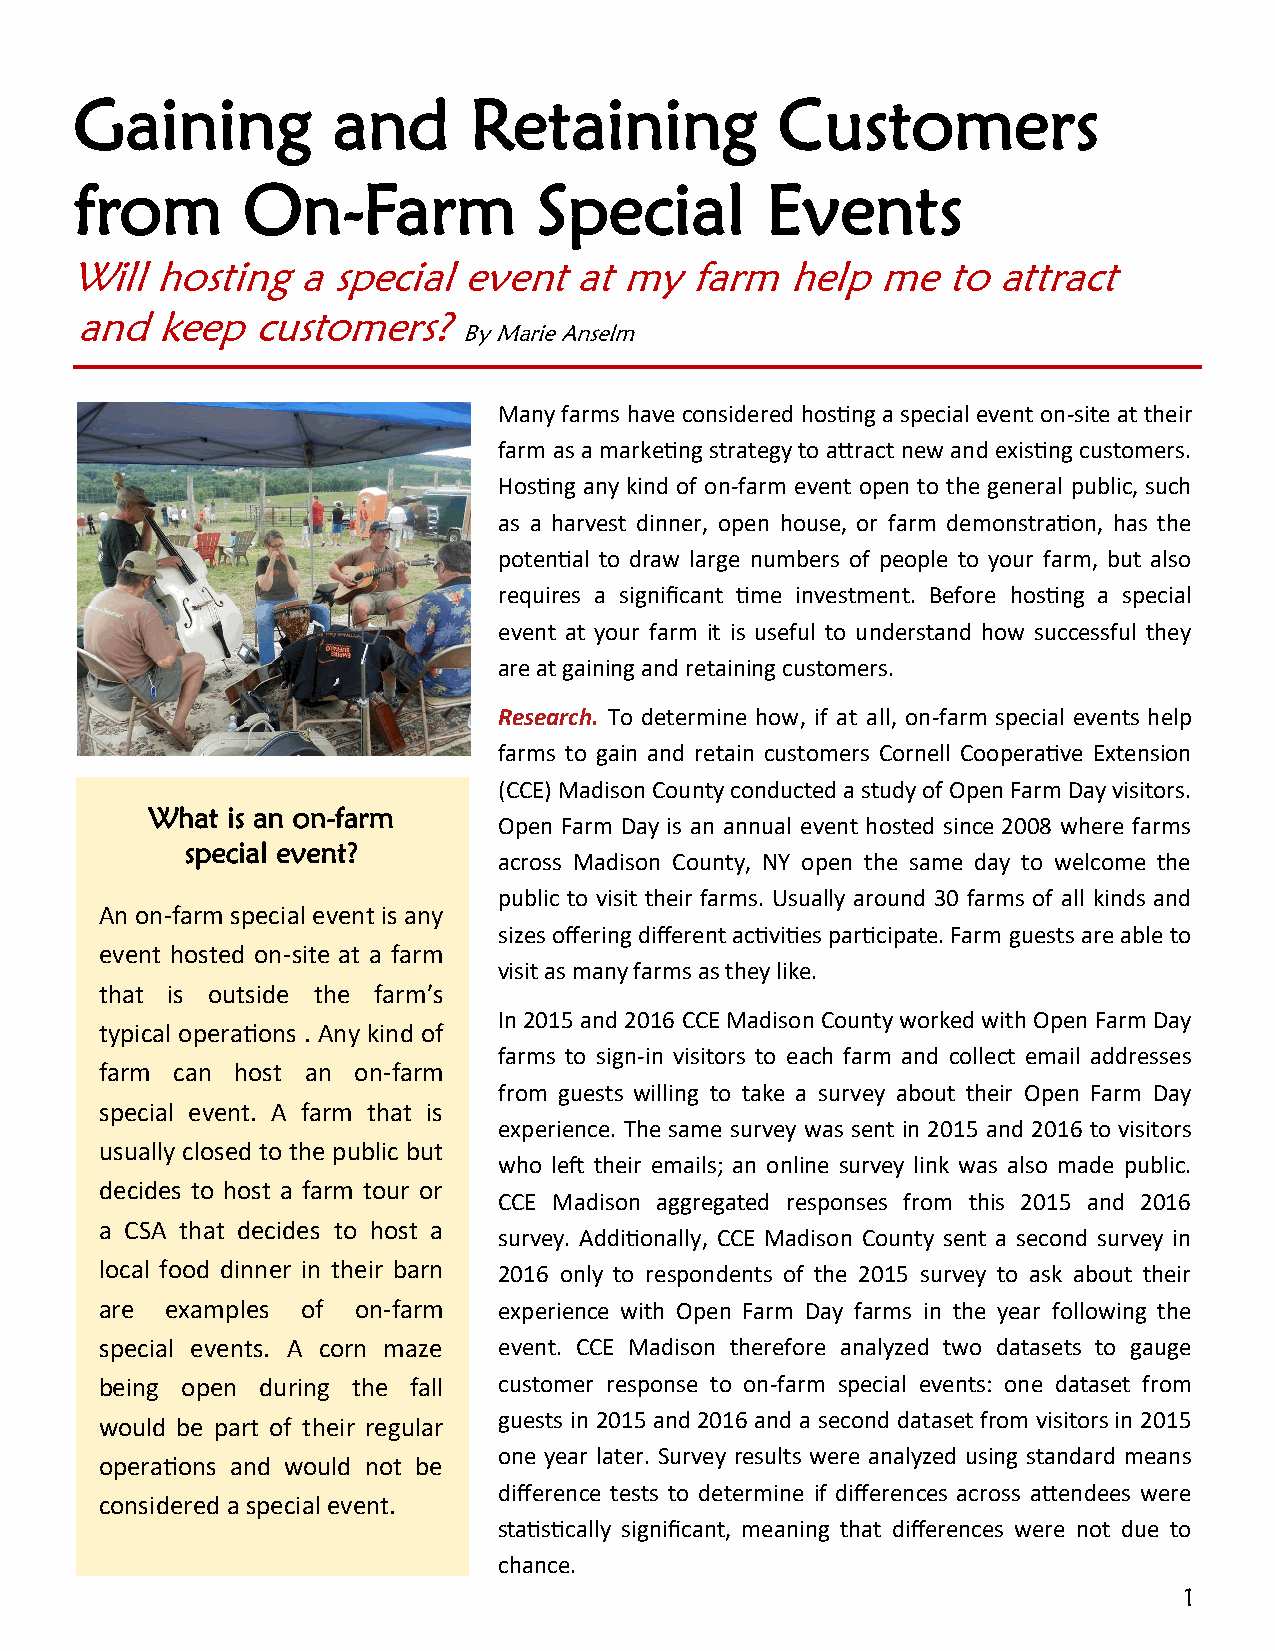
Gaining          and      Retaining            Customers
 from       On-Farm             Special        Events
 Will hosting   a special  event  at my   farm  help  me   to attract
 and  keep   customers?
 By Marie Anselm
 Many farms have considered hosting a special event on-site at their
 farm as a marketing strategy to attract new and existing customers.
 Hosting any kind of on-farm event open to the general public, such
 as a harvest dinner, open house, or farm demonstration, has the
 potential to draw large numbers of people to your farm, but also
 requires a significant time investment. Before hosting a special
 event at your farm it is useful to understand how successful they
 are at gaining and retaining customers.
 Research. To determine how, if at all, on-farm special events help
 farms to gain and retain customers Cornell Cooperative Extension
 (CCE) Madison County conducted a study of Open Farm Day visitors.
 What is an on-farm
 Open Farm Day is an annual event hosted since 2008 where farms
 special event?
 across Madison County, NY open the same day to welcome the
 public to visit their farms. Usually around 30 farms of all kinds and
 An on-farm special event is any
 sizes offering different activities participate. Farm guests are able to
 event hosted on-site at a farm
 visit as many farms as they like.
 that is outside the farm’s
 In 2015 and 2016 CCE Madison County worked with Open Farm Day
 typical operations . Any kind of
 farms to sign-in visitors to each farm and collect email addresses
 farm can host an on-farm
 from guests willing to take a survey about their Open Farm Day
 special event. A farm that is
 experience. The same survey was sent in 2015 and 2016 to visitors
 usually closed to the public but
 who left their emails; an online survey link was also made public.
 decides to host a farm tour or
 CCE Madison aggregated responses from this 2015 and 2016
 a CSA that decides to host a
 survey. Additionally, CCE Madison County sent a second survey in
 local food dinner in their barn 2016 only to respondents of the 2015 survey to ask about their
 are examples of on-farm   e x perience with Open Farm Day farms in the year following the
 special events. A corn maze event. CCE Madison therefore analyzed two datasets to gauge
 being open during the fall customer response to on-farm special events: one dataset from
 would be part of their regular guests in 2015 and 2016 and a second dataset from visitors in 2015
 one year later. Survey results were analyzed using standard means
 operations and would not be
 difference tests to determine if differences across attendees were
 considered a special event.
 statistically significant, meaning that differences were not due to
 chance.
 1